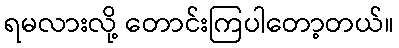
ရမလားလို့ တောင်းကြပါတော့တယ်။